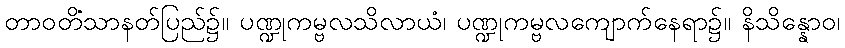
တာဝတိံသာနတ်ပြည်၌။ ပဏ္ဍုကမ္ဗလသိလာယံ၊ ပဏ္ဍုကမ္ဗလကျောက်နေရာ၌။ နိသိန္နောဝ၊